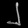
Digit: ၂